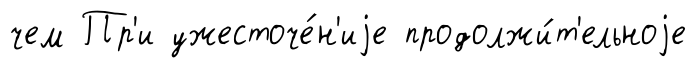
чем Пр'и ужесточе́н'иjе продолжи́т'ельноjе